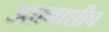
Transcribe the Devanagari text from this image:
उद्यानाशीच